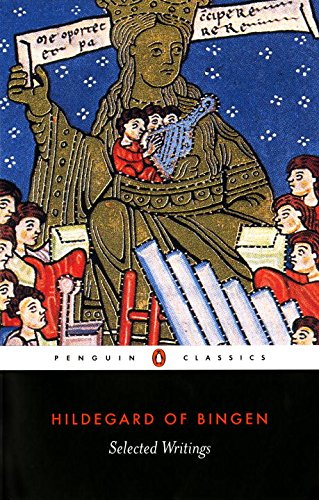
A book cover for Selected Writings: Hildegard of Bingen (Penguin Classics); Hildegard Of Bingen; Christian Books & Bibles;